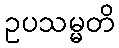
ဥပသမ္မတိ